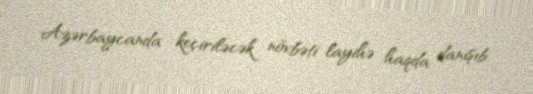
Azərbaycanda keçiriləcək növbəti layihə haqda danışıb.